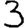
Digit: 3